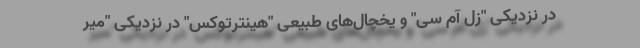
در نزدیکی "زل آم سی" و یخچال‌های طبیعی "هینترتوکس" در نزدیکی "میر